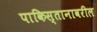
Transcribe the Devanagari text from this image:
पाकिस्तानावरील